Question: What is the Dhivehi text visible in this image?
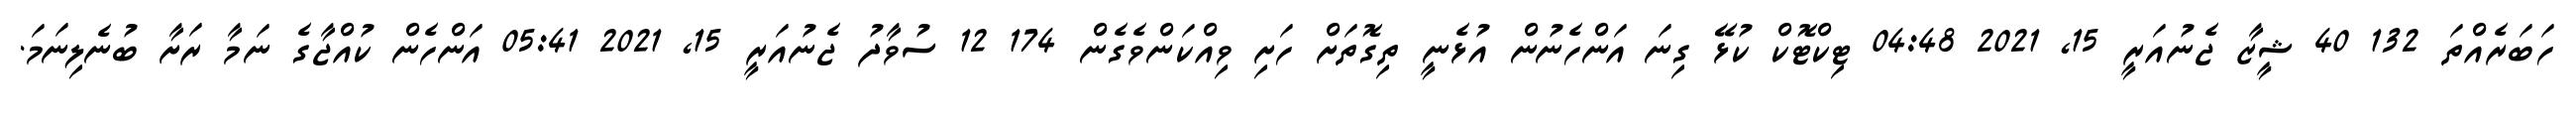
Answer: ހަބަރެއްތަ 132 40 ޝީޒާ ޖެނުއަރީ 15, 2021 04:48 ޓިކްޓޮކް ކުޅޭ ގިނަ އަންހެނުން އުޅެނީ ތިގޮތަށް ހަށި ވިއްކަންވެގެން 174 12 ސުވާދު ޖެނުއަރީ 15, 2021 05:41 އަންހެން ކުއްޖާގެ ނަމާ ރަށާ ބުނެލިނަމަ.